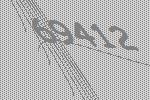
69412